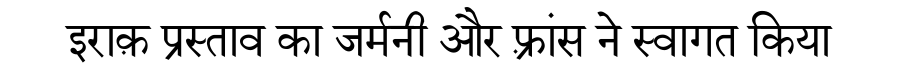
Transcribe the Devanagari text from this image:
इराक़ प्रस्ताव का जर्मनी और फ़्रांस ने स्वागत किया